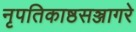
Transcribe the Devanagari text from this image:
नृपतिकाष्ठसञ्जागरे